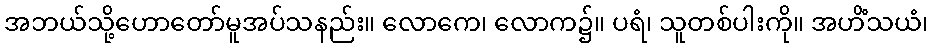
အဘယ်သို့ဟောတော်မူအပ်သနည်း။ လောကေ၊ လောက၌။ ပရံ၊ သူတစ်ပါးကို။ အဟိံသယံ၊